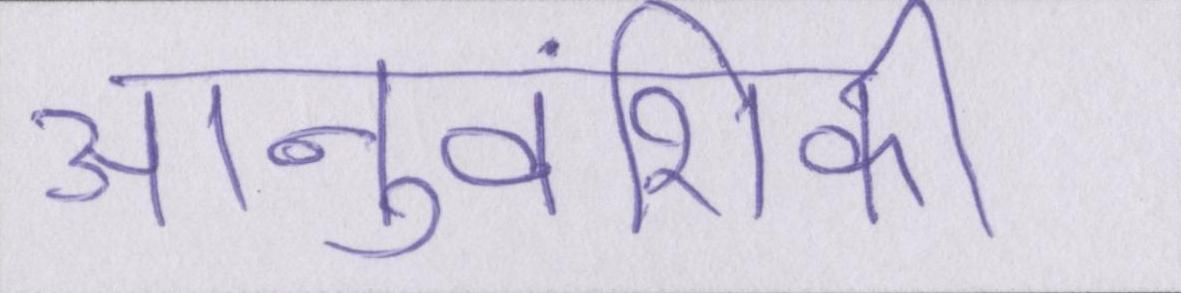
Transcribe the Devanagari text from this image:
आनुवंशिकी